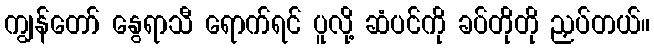
ကျွန်တော် နွေရာသီ ရောက်ရင် ပူလို့ ဆံပင်ကို ခပ်တိုတို ညှပ်တယ်။